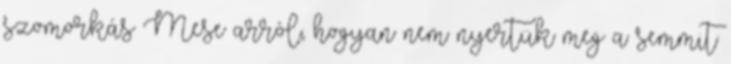
szomorkás Mese arról, hogyan nem nyertük meg a semmit